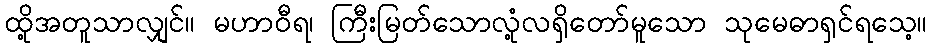
ထို့အတူသာလျှင်။ မဟာဝီရ၊ ကြီးမြတ်သောလုံ့လရှိတော်မူသော သုမေဓာရှင်ရသေ့။